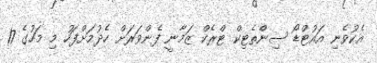
އެކުވެނި އައުޓްޑޯ ސިންތެޓިކް ޓްރެކް ޒަމާނީ ފެންވަރަށް ހެދުމަށްފަހު މި މަހުގެ 17